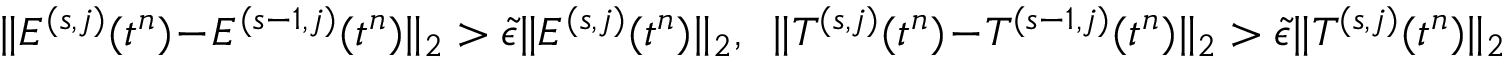
\| E ^ { ( s , j ) } ( t ^ { n } ) - E ^ { ( s - 1 , j ) } ( t ^ { n } ) \| _ { 2 } > \tilde { \epsilon } \| E ^ { ( s , j ) } ( t ^ { n } ) \| _ { 2 } , \ \ \| T ^ { ( s , j ) } ( t ^ { n } ) - T ^ { ( s - 1 , j ) } ( t ^ { n } ) \| _ { 2 } > \tilde { \epsilon } \| T ^ { ( s , j ) } ( t ^ { n } ) \| _ { 2 }